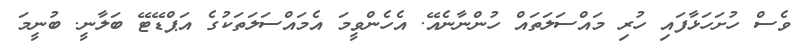
ވެސް ހުށަހަޅާފައި ހުރި މައްސަލަތައް ހުންނާނެއޭ. އެހެންވީމަ އެމައްސަލަތަކުގެ އަޕްޑޭޓޭ ބަލާނީ. ބުނީމަ